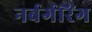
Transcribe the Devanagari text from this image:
नर्बर्गरिंग